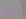
باقية